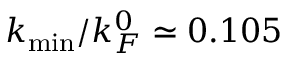
k _ { \mathrm { m i n } } / k _ { F } ^ { 0 } \simeq 0 . 1 0 5